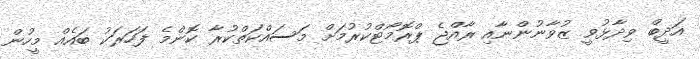
އަދީބް ވިދާޅުވީ ޒުވާނުންނާއި ރާއްޖެ ޕްރޮމޯޓްކުރުމަށް މަސައްކަތްކުރާ ކޮންމެ ފަހަރަކު ބައެއް މީހުން